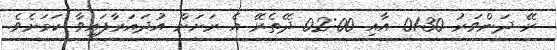
ރޭ ދަންވަރު 01:30 އާއި 02:00 ދޭތެރޭ އެ ރަށަށް އުދައަރާފައިވާ ކަމަށެވެ.